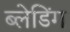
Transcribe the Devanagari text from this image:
ब्लेडिंग